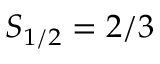
S _ { 1 / 2 } = 2 / 3